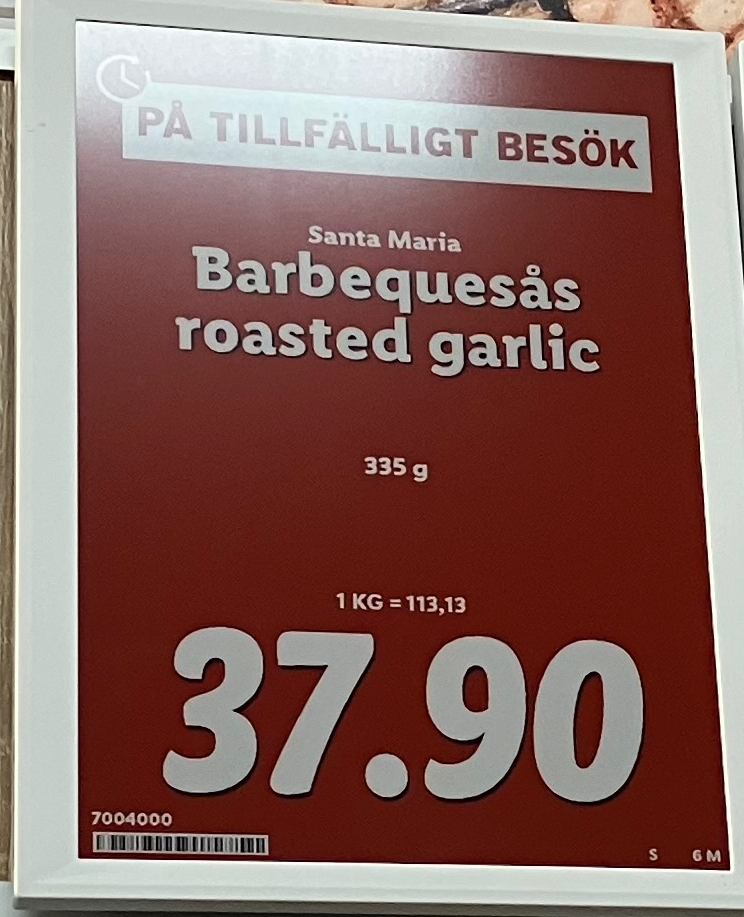
Vara: Barbequesäs roasted garlic
Genomsnittspris: 113.13 per st